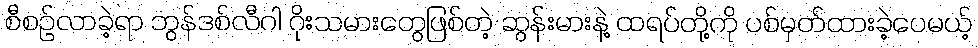
စီစဥ်လာခဲ့ရာ ဘွန်ဒစ်လီဂါ ဂိုးသမားတွေဖြစ်တဲ့ ဆွန်းမားနဲ့ ထရပ်တို့ကို ပစ်မှတ်ထားခဲ့ပေမယ့်